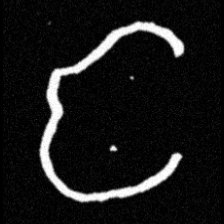
Pyu character \u2014 Myanmar letter: င (romanized: nga)